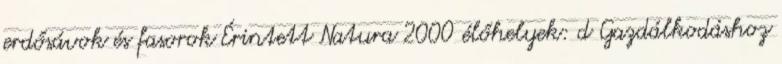
erdősávok és fasorok Érintett Natura 2000 élőhelyek: d Gazdálkodáshoz